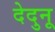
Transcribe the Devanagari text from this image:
देदुनू